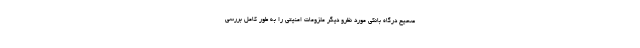
صحیح درگاه بانکی مورد نظرو دیگر ملزومات امنیتی را به طور کامل بررسی